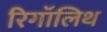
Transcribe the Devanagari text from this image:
रिगॉलिथ